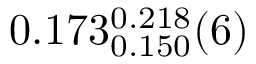
0 . 1 7 3 _ { 0 . 1 5 0 } ^ { 0 . 2 1 8 } ( 6 )